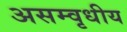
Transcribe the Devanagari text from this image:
असम्वृधीय